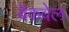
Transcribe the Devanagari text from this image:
बैकवेल